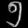
Digit: ၅